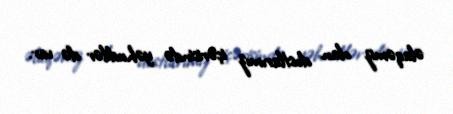
əlaqəmiz olan dostlarımız içərisində yəhudilər də var.